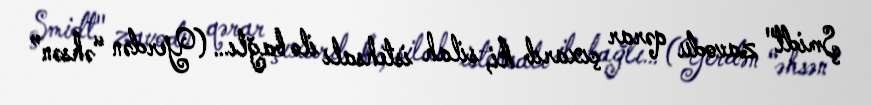
Şmidt" zavodu qərar çıxarıb ki, silah istehsalı ilə bağlı… (Yerdən “əhsən”